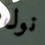
نول